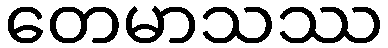
တေမာသဿ